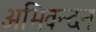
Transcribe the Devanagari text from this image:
अभिवन्दन